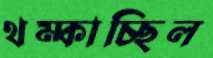
থম্‌কাচ্ছিল